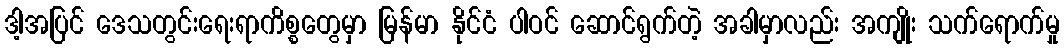
ဒါ့အပြင် ဒေသတွင်းရေးရာကိစ္စတွေမှာ မြန်မာ နိုင်ငံ ပါဝင် ဆောင်ရွက်တဲ့ အခါမှာလည်း အကျိုး သက်ရောက်မှု